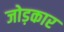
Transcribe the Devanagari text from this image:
जोड़कार